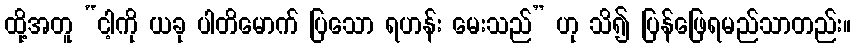
ထို့အတူ “ငါ့ကို ယခု ပါတိမောက် ပြသော ရဟန်း မေးသည်” ဟု သိ၍ ပြန်ဖြေရမည်သာတည်း။